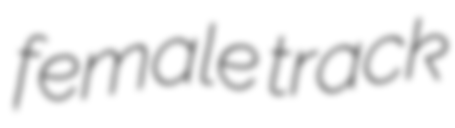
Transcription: female track